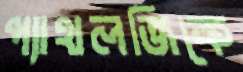
প্যাথলজিকে